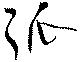
弧